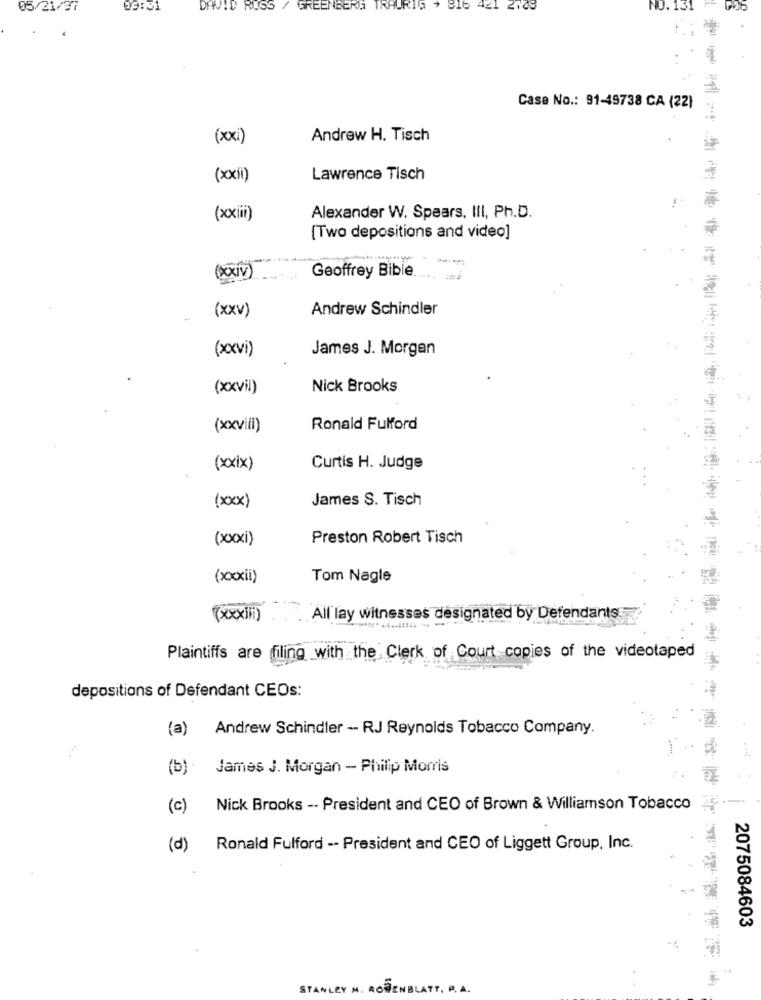
05/21/97
09:31
DAWID RUSS
GREENBERG TRAURIG + 816 421 2148
NO. 131
.
Case No .: 91-49738 CA (22)
(xxi)
Andrew H. Tisch
(xii)
Lawrence Tisch
(xiii)
Alexander W. Spears, III, Ph.D.
[Two depositions and video]
(XxXIV)
Geoffrey Bible.
(xxv)
Andrew Schindler
(xxxvi)
James J. Morgan
(xxvil)
Nick Brooks
(xxvili)
Ronald Fulford
(xxix)
Curtis H. Judge
James S. Tisch
(xxx)
(xxxi)
Preston Robert Tisch
(xxxxii)
Tom Nagle
(xxxiii)
All lay witnesses designated by Defendants
Plaintiffs are filing with the Clerk of Court copies of the videotaped
depositions of Defendant CEOs:
(a) Andrew Schindler -- RJ Reynolds Tobacco Company.
(b) .
James J. Morgan - Philip Morris
(c)
Nick Brooks -- President and CEO of Brown & Williamson Tobacco
(d)
Ronald Fulford -- President and CEO of Liggett Group, Inc.
2075084603
STANLEY M. ROSENBLATT, P. A.